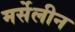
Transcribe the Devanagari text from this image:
मर्सेलीन